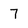
Character: 7